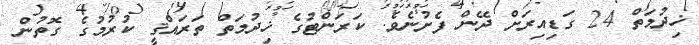
ޚިދުމަތް 24 ގަޑިއިރަށް ދޭން ފެށުނެވެ. ކަރަންޓުގެ ޚިދުމަތް ތަރައްޤީ ކުރުމުގެ ގޮތުން